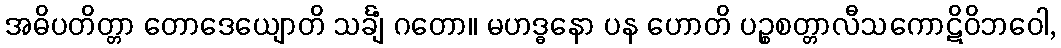
အဓိပတိတ္တာ တောဒေယျောတိ သင်္ချံ ဂတော။ မဟဒ္ဓနော ပန ဟောတိ ပဉ္စစတ္တာလီသကောဋိဝိဘဝေါ,